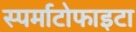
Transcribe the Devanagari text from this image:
स्पर्माटोफाइटा